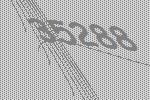
35288